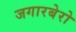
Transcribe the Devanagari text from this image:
जगारबेरो